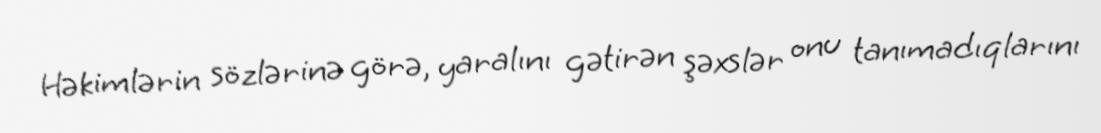
Həkimlərin sözlərinə görə, yaralını gətirən şəxslər onu tanımadıqlarını